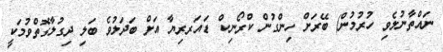
ނައްތާނުލެވި ހުރުމުން) ބޭރަށް ހިންގުން ކްރޯނިކް ޑައަރރިޔާ އަށް ބަދަލުވެ ބަލި ދިގުލާގޮތްވުމަކީ